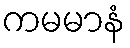
ကမမာနံ